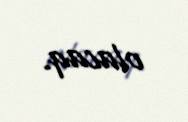
olacaq.